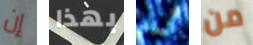
إن بهذا أريد من